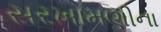
સરખામણીના